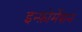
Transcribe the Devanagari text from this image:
इन्फ़ोर्मेशन